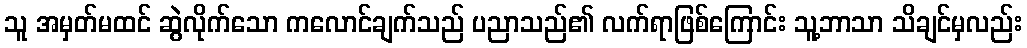
သူ အမှတ်မထင် ဆွဲလိုက်သော ကလောင်ချက်သည် ပညာသည်၏ လက်ရာဖြစ်ကြောင်း သူ့ဘာသာ သိချင်မှလည်း